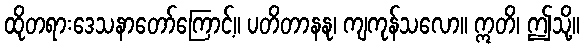
ထိုတရားဒေသနာတော်ကြောင့်။ ပတိတာနနု၊ ကျကုန်သလော။ ဣတိ၊ ဤသို့။